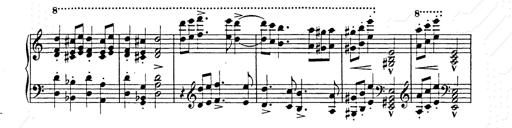
Title: Hungarian Rhapsody No.15
Composer: Franz Liszt
Key: A minor